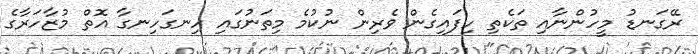
ރޭގަނޑު މީހުންނާއި ތަކެތި ހިފައިގެން ވެރިން ނުކުމެ މިތަނުގައި ހިނގަހިނގާ އޮތް މުޒާހަރާގެ